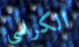
الكراسي